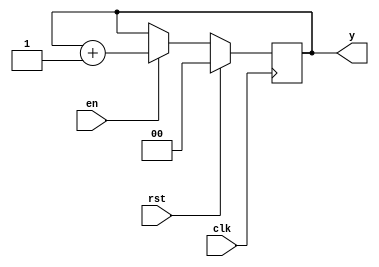
`timescale 1ns / 1ps
//////////////////////////////////////////////////////////////////////////////////
// Company: 
// Engineer: 
// 
// Design Name: 
// Module Name: counter4
// Project Name: 
// Target Devices: 
// Tool Versions: 
// Description: 
// 
// Dependencies: 
// 
// Revision:
// Revision 0.01 - File Created
// Additional Comments:
// 
//////////////////////////////////////////////////////////////////////////////////


module counter4(
    input clk,
    input en,
    input rst,
    output reg [1:0] y
    );
    always @(posedge clk)
    begin
    if(rst)
       y<=0;
    else
       if(en)
          y<=y+1;
       else
          y<=y;
       
    end
endmodule